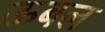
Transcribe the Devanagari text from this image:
ऊबल